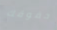
حقوقك